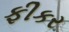
ફીકર